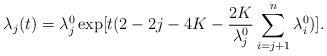
LaTeX: \begin{align*}\lambda_{j}(t) = \lambda_{j}^{0}\exp[t( 2 - 2 j -4 K - \frac{2 K}{\lambda_{j}^{0}}\sum^{n}_{i = j +1}\lambda_{i}^{0})].\end{align*}